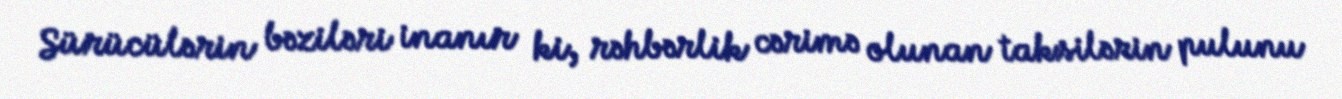
Sürücülərin bəziləri inanır ki, rəhbərlik cərimə olunan taksilərin pulunu